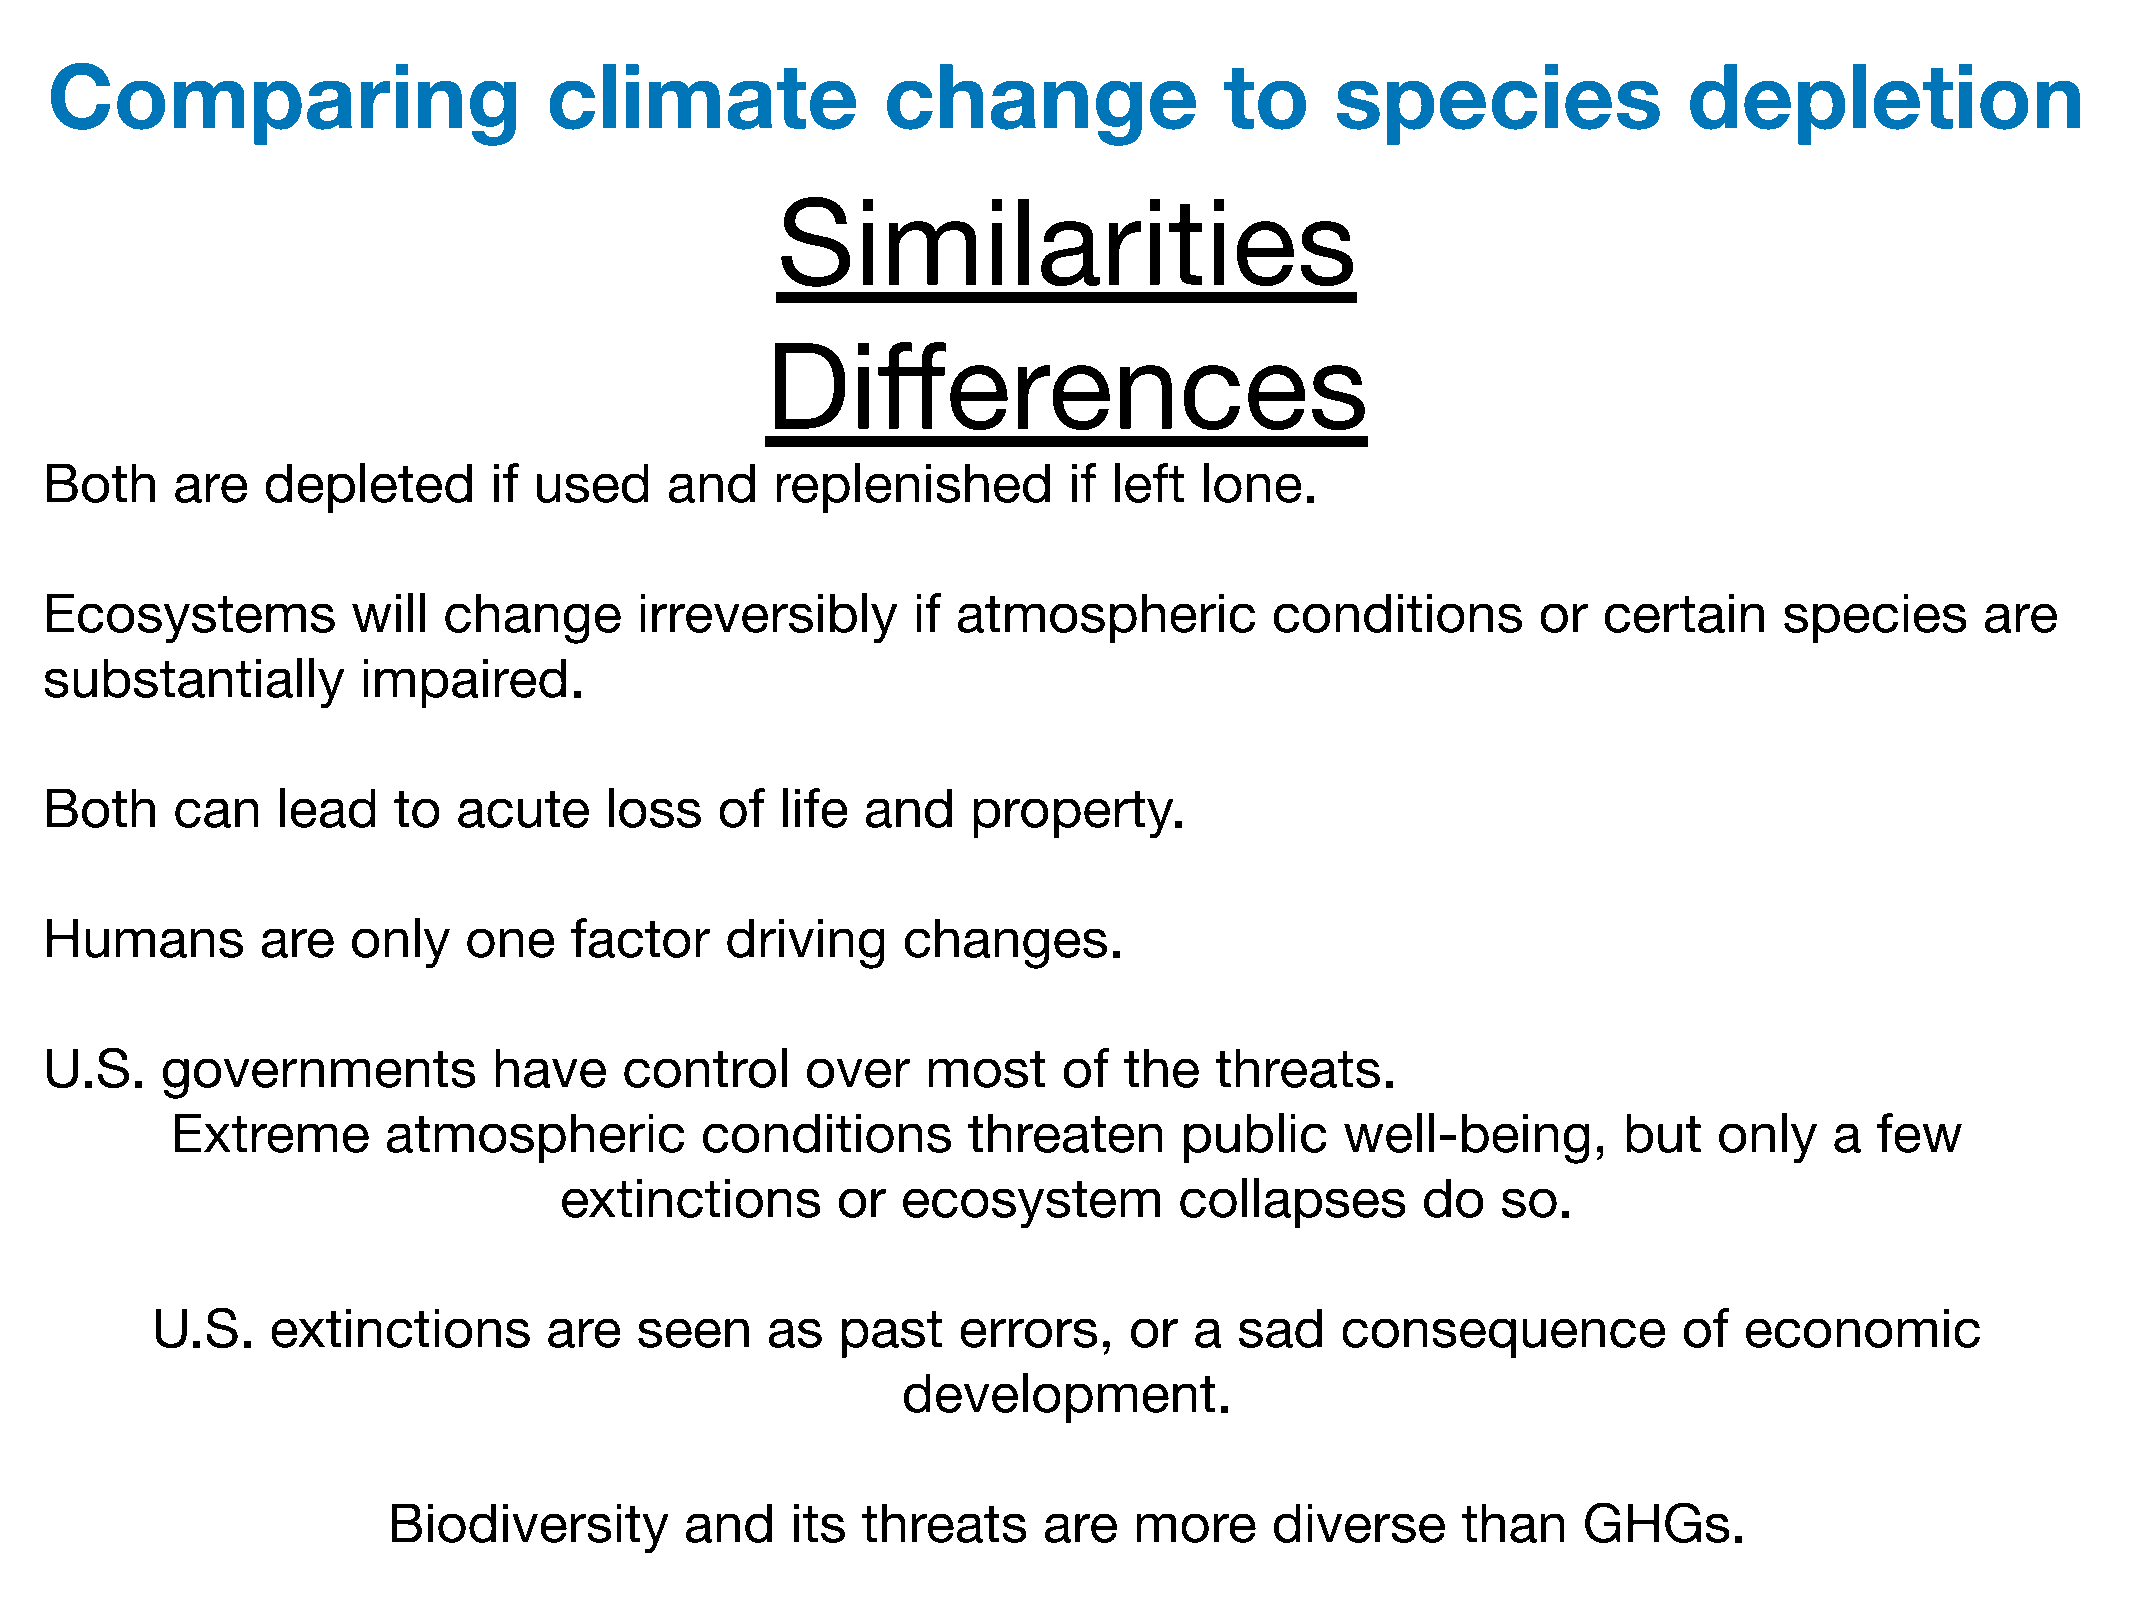
Comparing                        climate               change                 to     species                 depletion
 Similarities
 Differences
 Both    are   depleted       if used     and    replenished         if left lone.
 Ecosystems          will  change       irreversibly      if atmospheric          conditions        or  certain     species      are
 substantially        impaired.
 Both    can    lead    to  acute     loss   of   life and    property.
 Humans        are   only    one    factor    driving     changes.
 U.S.    governments           have    control     over    most     of  the   threats.
 Extreme       atmospheric          conditions        threaten      public     well-being,       but    only   a  few
 extinctions       or   ecosystem         collapses       do   so.
 U.S.    extinctions       are   seen     as  past    errors,     or  a  sad    consequence           of  economic
 development.
 Biodiversity       and    its  threats     are   more     diverse      than    GHGs.
 An   influential      lobby    is  seen     as  conservationist           yet  its  primary      actions      kill wildlife.